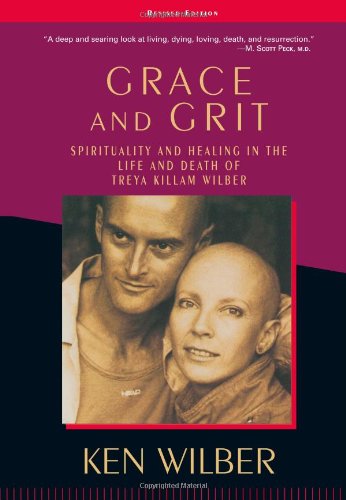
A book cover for Grace and Grit: Spirituality and Healing in the Life and Death of Treya Killam Wilber; Ken Wilber; Health, Fitness & Dieting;